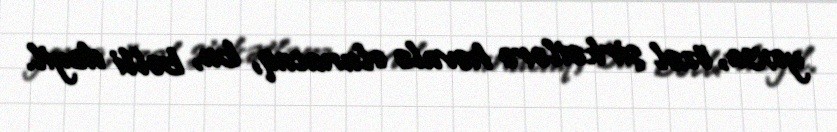
yoxsa, özəl şirkətlərə həvalə olunacaq, bu, bəlli deyil.